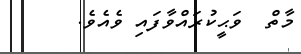
މާތް  ވަޙީކުރައްވާފައި ވެއެވެ.